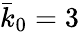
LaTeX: \bar{k}_{0}=3